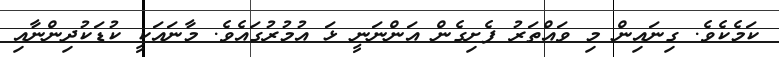
ކަމެކެވެ. ގިނައިން މި ވައްތަރު ފެށިގެން އަންނަނީ ޅަ އުމުރުގައެވެ. މާނައަކީ ކުޑަކުދިންނާއި